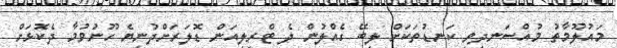
މައުލޫމާތު މުއްސަނދިވި ކަނޑުތަކަށް ލިބޭ ގެއްލުން ދެ ޓްރިލިއަން ޑޮލަރަށްދުނިޔެ ހޫނުވުމާ ދެކޮޅަށް